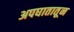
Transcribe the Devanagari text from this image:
अपघातातून